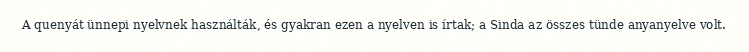
A quenyát ünnepi nyelvnek használták, és gyakran ezen a nyelven is írtak; a Sinda az összes tünde anyanyelve volt.